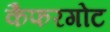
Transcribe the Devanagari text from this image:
कैफरगोट